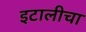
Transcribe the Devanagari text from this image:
इटालीचा